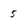
Character: 5